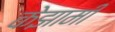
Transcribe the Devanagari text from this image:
केझामी